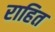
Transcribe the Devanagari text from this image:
राहित